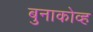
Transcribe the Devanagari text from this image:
बुनाकोव्ह